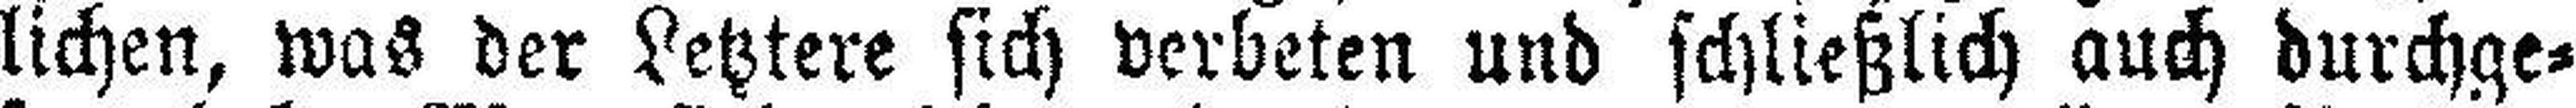
lichen, was der Letztere sich verbeten und schließlich auch durchge¬